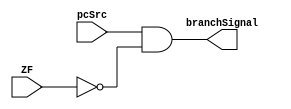
module andGate(
input pcSrc,
input ZF,
output branchSignal);

assign branchSignal = pcSrc & ~ZF;
endmodule